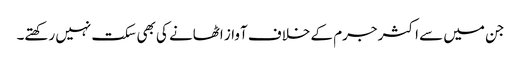
جن میں سے اکثر جرم کے خلاف آواز اٹھانے کی بھی سکت نہیں رکھتے۔